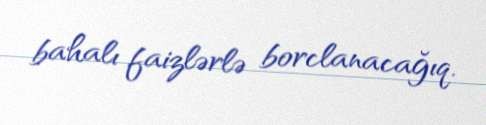
bahalı faizlərlə borclanacağıq.